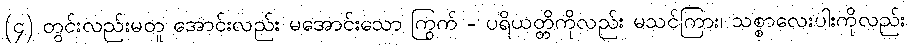
(၄) တွင်းလည်းမတူ အောင်းလည်း မအောင်းသော ကြွက် - ပရိယတ္တိကိုလည်း မသင်ကြား၊ သစ္စာလေးပါးကိုလည်း